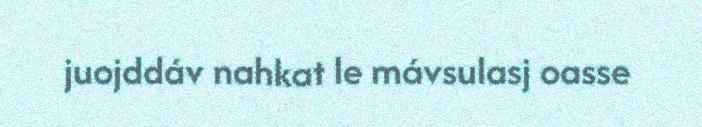
juojddáv nahkat le mávsulasj oasse